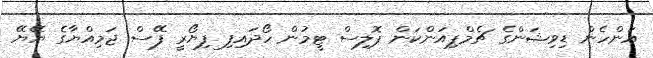
އަންހެން ޑިވިޝަންގެ ޗެމްޕިއަންކަން ޕޮލިސް ޓީމުން ހޯދައިފި ފިޔޯރީ ފޭސް ޖަމިއްޔާގެ ޔޭޔޭ